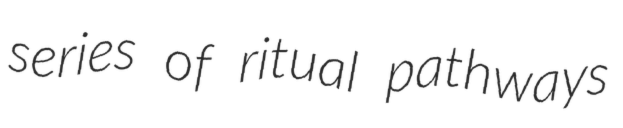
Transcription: series of ritual pathways